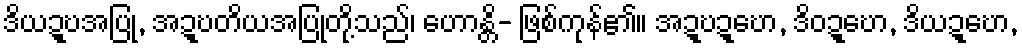
ဒိယဍ္ဎအပြု, အဍ္ဎတိယအပြုတို့သည်၊ ဟောန္တိ- ဖြစ်ကုန်၏။ အဍ္ဎဍ္ဎော, ဒိဝဍ္ဎော, ဒိယဍ္ဎော,